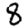
Digit: 8